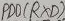
Text: PD0